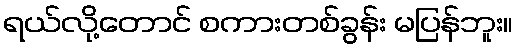
ရယ်လို့တောင် စကားတစ်ခွန်း မပြန်ဘူး။